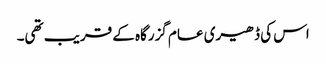
اس کی ڈھیری عام گزرگاہ کے قریب تھی۔